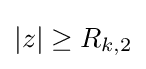
|z|\geq R_{k,2}